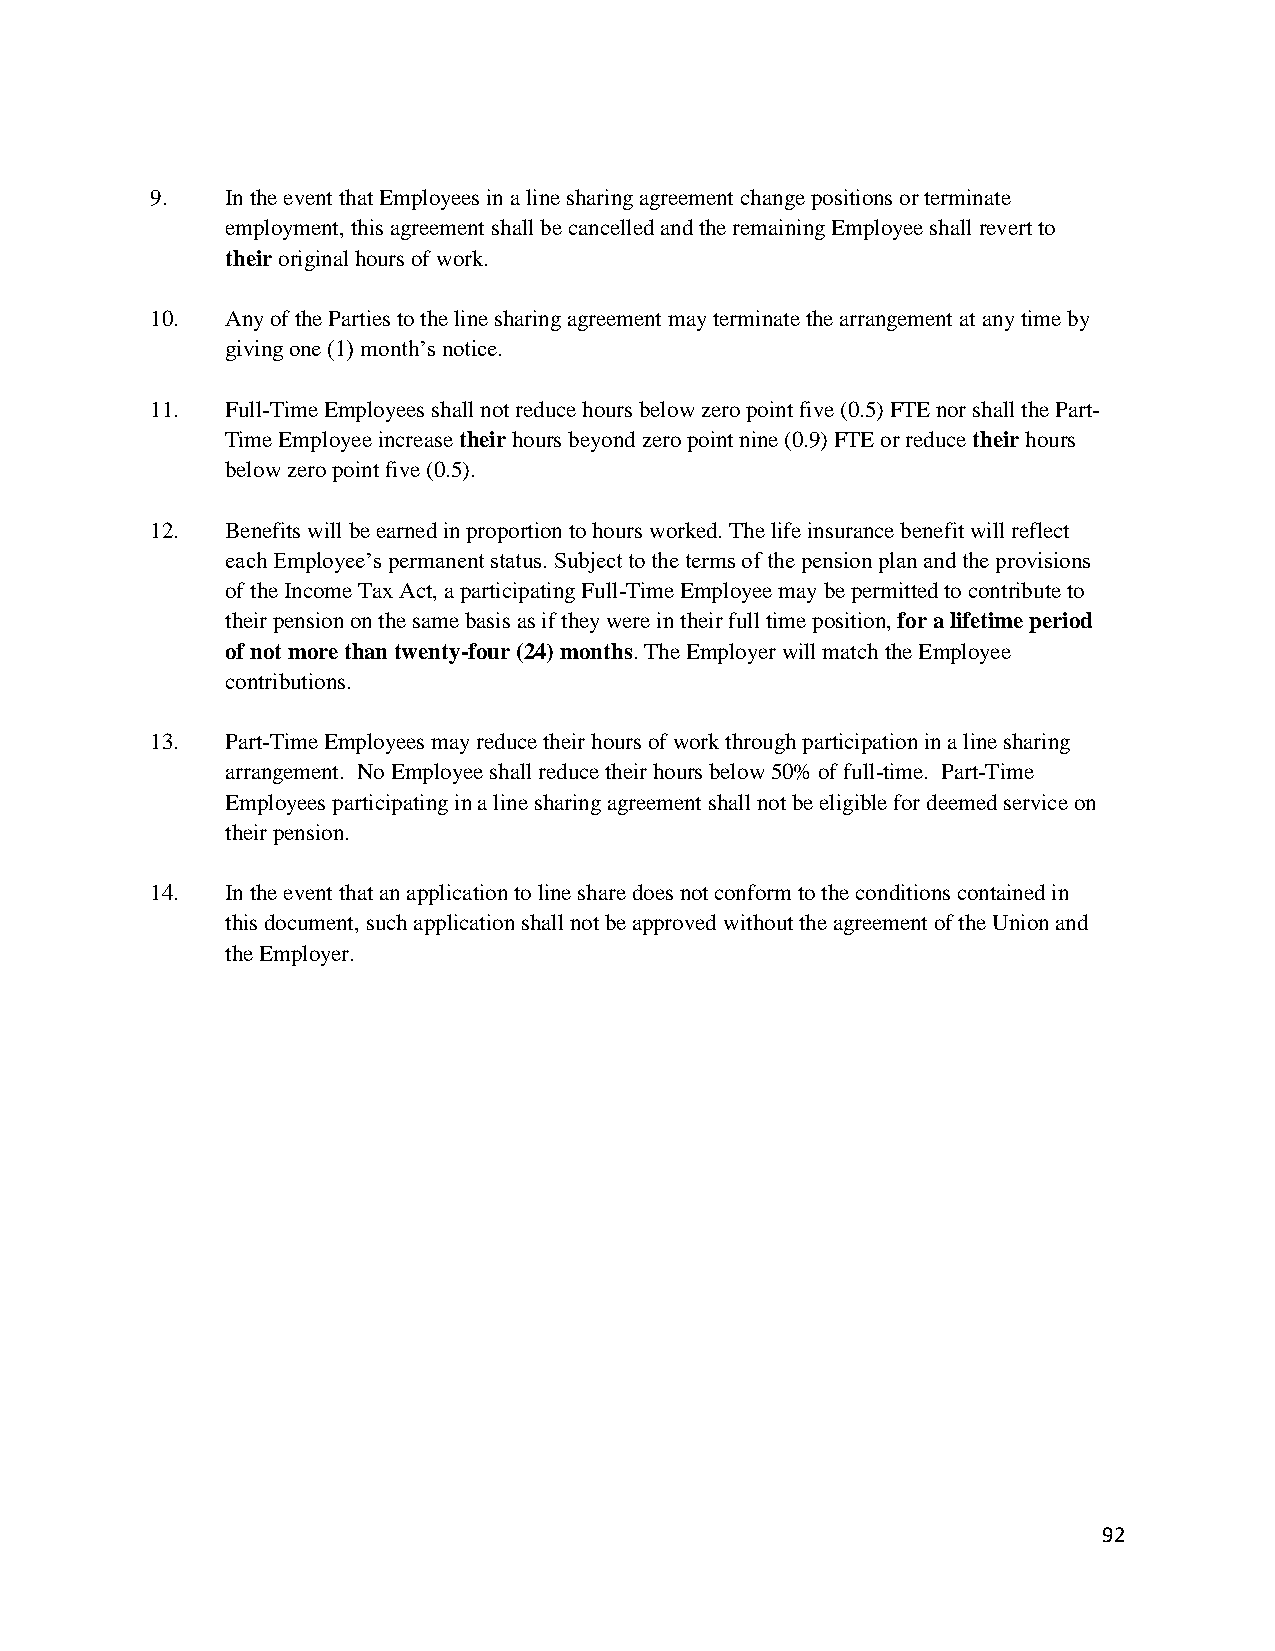
9.   In the event that Employees in a line sharing agreement change positions or terminate
 employment, this agreement shall be cancelled and the remaining Employee shall revert to
 their original hours of work.
 10.  Any of the Parties to the line sharing agreement may terminate the arrangement at any time by
 giving one (1) month’s notice.
 11.  Full-Time Employees shall not reduce hours below zero point five (0.5) FTE nor shall the Part-
 Time Employee increase their hours beyond zero point nine (0.9) FTE or reduce their hours
 below zero point five (0.5).
 12.  Benefits will be earned in proportion to hours worked. The life insurance benefit will reflect
 each Employee’s permanent status. Subject to the terms of the pension plan and the provisions
 of the Income Tax Act, a participating Full-Time Employee may be permitted to contribute to
 their pension on the same basis as if they were in their full time position, for a lifetime period
 of not more than twenty-four (24) months. The Employer will match the Employee
 contributions.
 13.  Part-Time Employees may reduce their hours of work through participation in a line sharing
 arrangement. No Employee shall reduce their hours below 50% of full-time. Part-Time
 Employees participating in a line sharing agreement shall not be eligible for deemed service on
 their pension.
 14.  In the event that an application to line share does not conform to the conditions contained in
 this document, such application shall not be approved without the agreement of the Union and
 the Employer.
 92